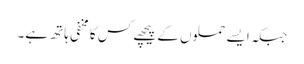
جبکہ ایسے حملوں کے پیچھے کس کا مخفی ہاتھ ہے۔